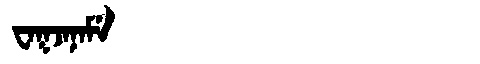
Manchu: ᠸᠠᡴᠵᠠᠨᠠᠮᡝ
Romanization: WAKJANAME